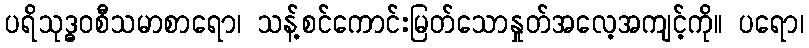
ပရိသုဒ္ဓဝစီသမာစာရော၊ သန့်စင်ကောင်းမြတ်သောနှုတ်အလေ့အကျင့်ကို။ ပရော၊